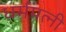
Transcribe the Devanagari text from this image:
धर्मपत्‍नी